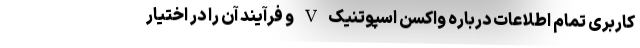
کاربری تمام اطلاعات درباره واکسن اسپوتنیک V و فرآیند آن را در اختیار